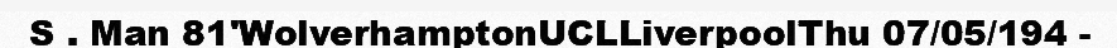
S . Man 81'WolverhamptonUCLLiverpoolThu 07/05/194 -